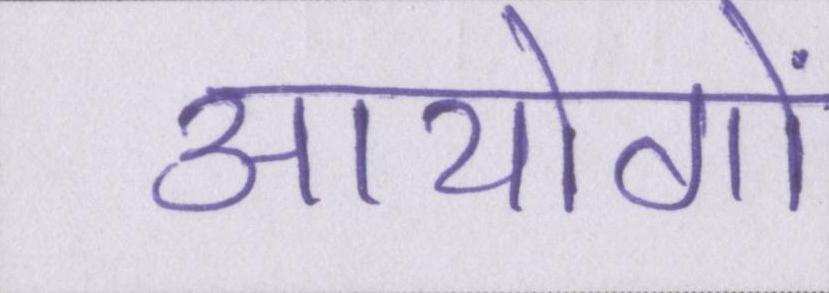
आयोगों